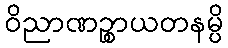
ဝိညာဏဉ္စာယတနမ္ပိ